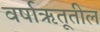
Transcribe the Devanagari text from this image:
वर्षाऋतूतील